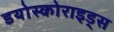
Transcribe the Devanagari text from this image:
डयोस्कोराइड्स